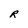
Character: R